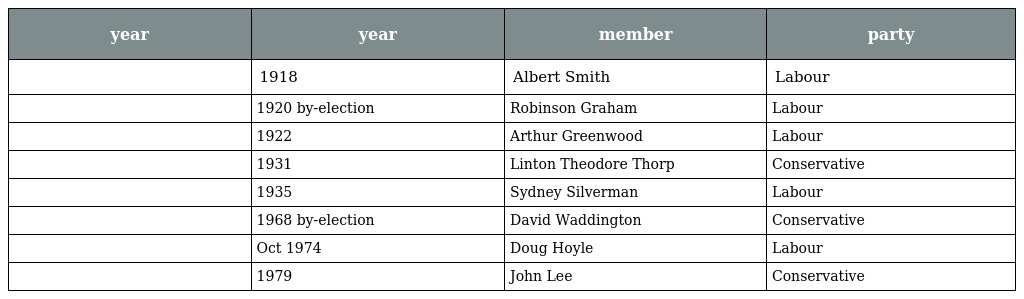
| year | year | member | party |
 | --- | --- | --- | --- |
 |  | 1918 | Albert Smith | Labour |
 |  | 1920 by-election | Robinson Graham | Labour |
 |  | 1922 | Arthur Greenwood | Labour |
 |  | 1931 | Linton Theodore Thorp | Conservative |
 |  | 1935 | Sydney Silverman | Labour |
 |  | 1968 by-election | David Waddington | Conservative |
 |  | Oct 1974 | Doug Hoyle | Labour |
 |  | 1979 | John Lee | Conservative |